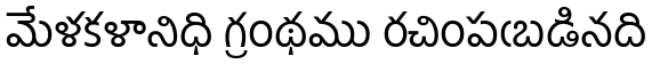
మేళకళానిధి గ్రంథము రచింపఁబడినది